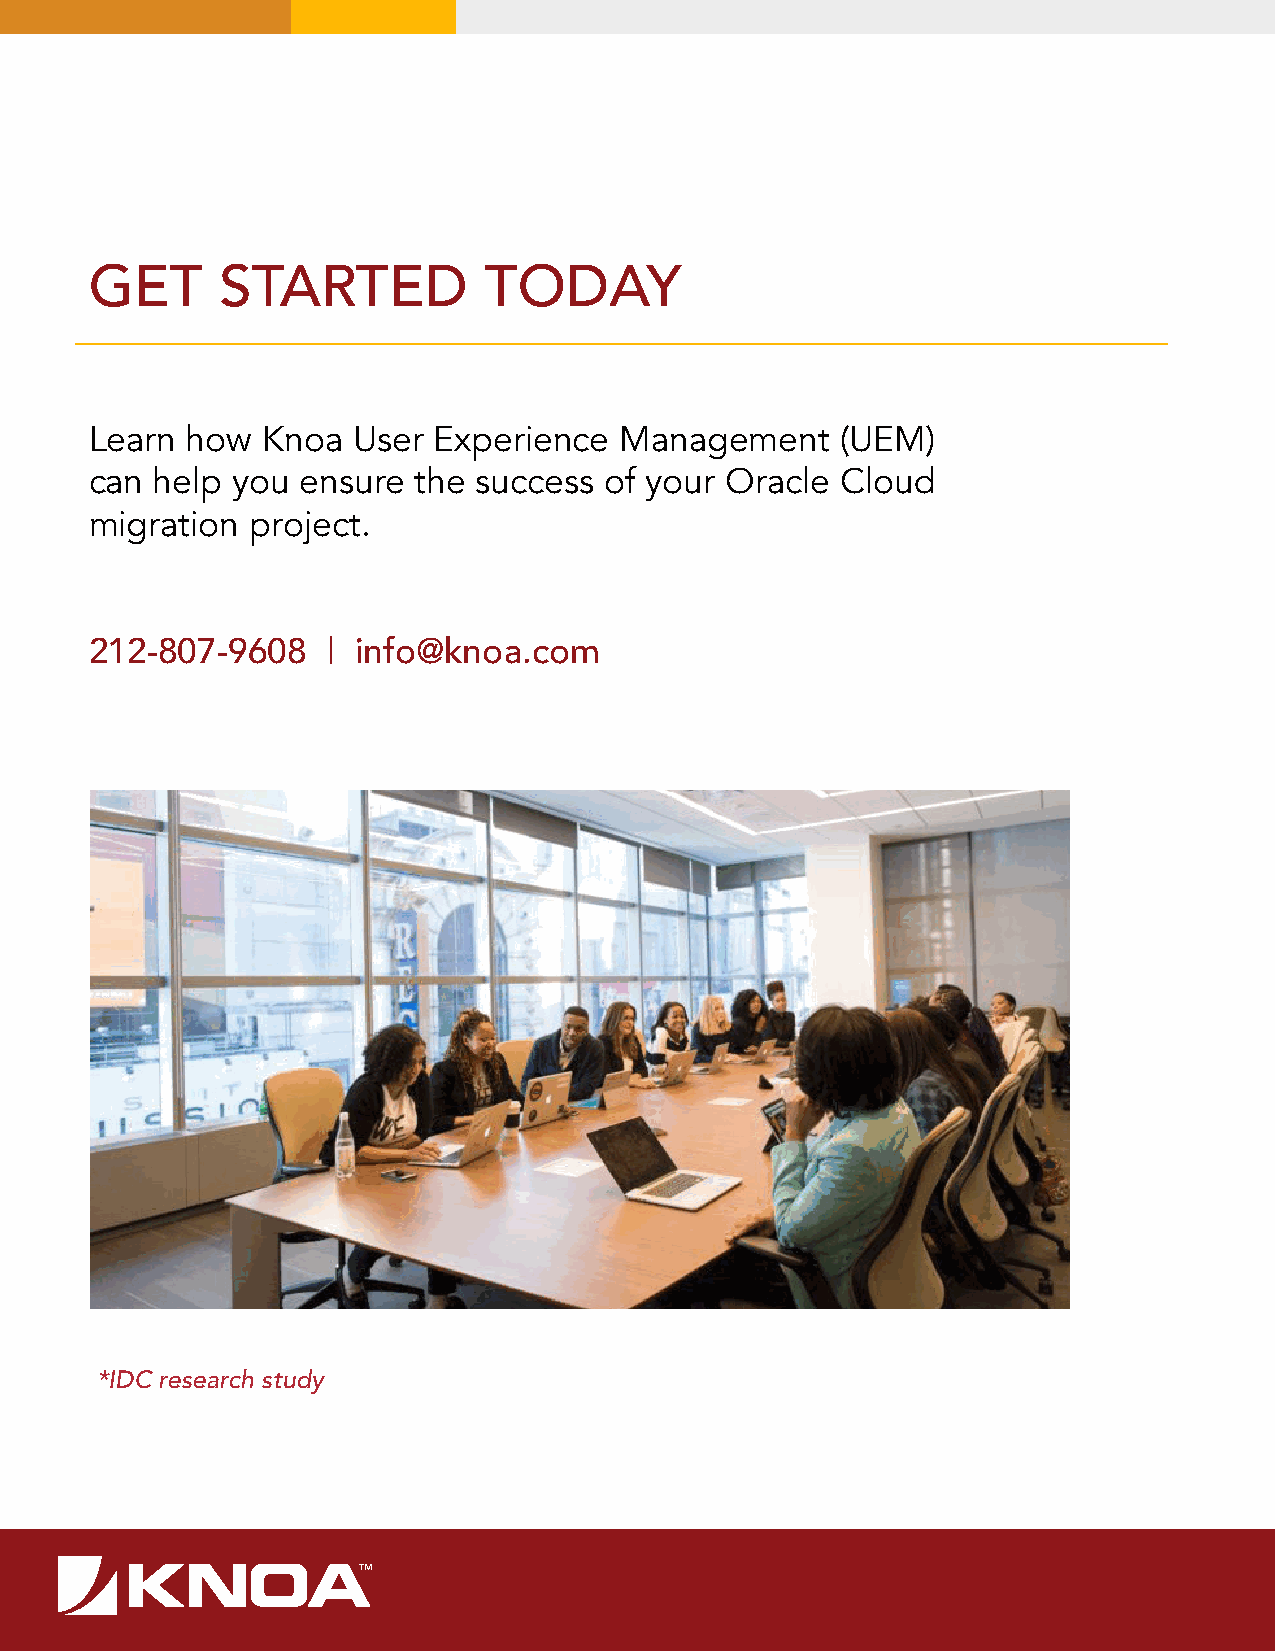
GET      STARTED          TODAY
 Learn how  Knoa  User  Experience  Management     (UEM)
 can help you  ensure the  success of your Oracle  Cloud
 migration  project.
 212-807-9608    | info@knoa.com
 *IDC research study